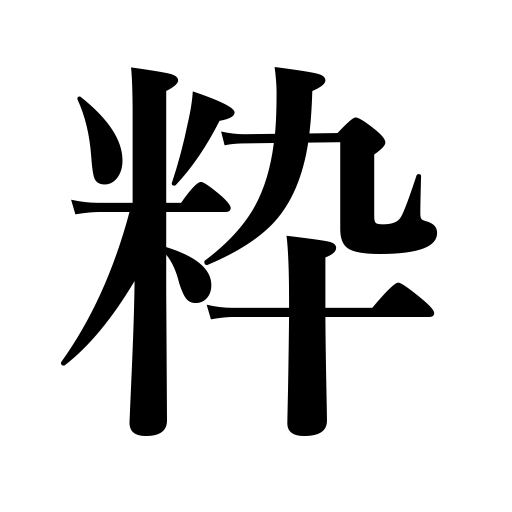
Meanings: taste,essence,style,pith,considerateness,fashion,cream,elegance,choice,gracefulness,elite,chic,purity,pick